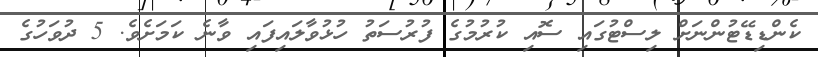
ކެންޑިޑޭޓުންނަށް ލިސްޓުގައި ސޮއި ކުރުމުގެ ފުރުސަތު ހުޅުވާލައިފައި ވާނެ ކަމަށެވެ. 5 ދުވަހުގެ